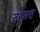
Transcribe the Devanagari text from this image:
तहमश